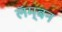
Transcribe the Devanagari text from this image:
लॅम्बन